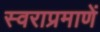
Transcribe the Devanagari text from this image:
स्वराप्रमाणें